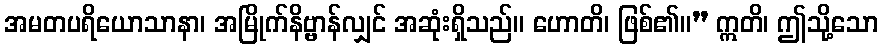
အမတပရိယောသာနာ၊ အမြိုက်နိဗ္ဗာန်လျှင် အဆုံးရှိသည်။ ဟောတိ၊ ဖြစ်၏။” ဣတိ၊ ဤသို့သော